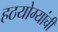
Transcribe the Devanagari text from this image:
हठयोग्यांची